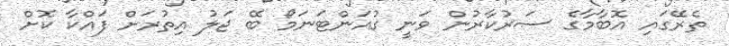
ތެރޭގައި އޮބާމާގެ ސަރުކާރުން ވަނީ ގުއަންޓަނަމޯ ބޭ ޖަލު އިތުރަށް ފައްކާ ކޮށް